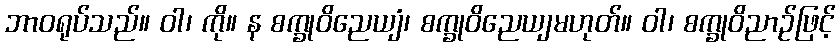
ဘာဝရုပ်သည်။ ဝါ၊ ကို။ န စက္ခုဝိညေယျံ၊ စက္ခုဝိညေယျမဟုတ်။ ဝါ၊ စက္ခုဝိညာဉ်ဖြင့်